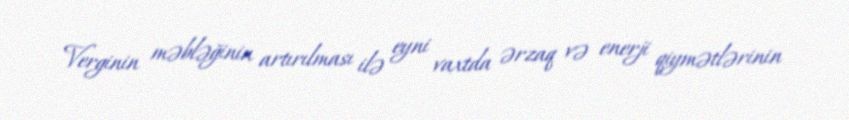
Verginin məbləğinin artırılması ilə eyni vaxtda ərzaq və enerji qiymətlərinin